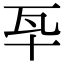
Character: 𤬧